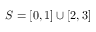
S = [ 0 , 1 ] \cup [ 2 , 3 ]